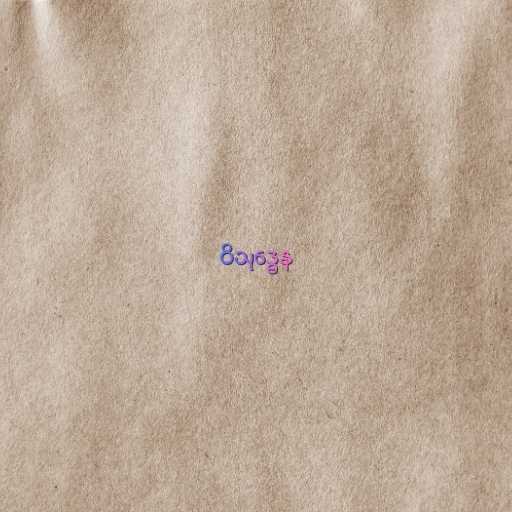
ဝိသုဒ္ဓေန